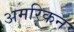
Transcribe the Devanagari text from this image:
अमरिकन